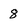
Character: 8